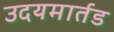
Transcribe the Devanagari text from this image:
उदयमार्तड